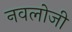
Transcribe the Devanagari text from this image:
नवलोजी